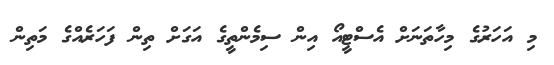
މި އަހަރުގެ މިހާތަނަށް އެސްޓީއޯ އިން ސިމެންތީގެ އަގަށް ތިން ފަހަރެއްގެ މަތިން